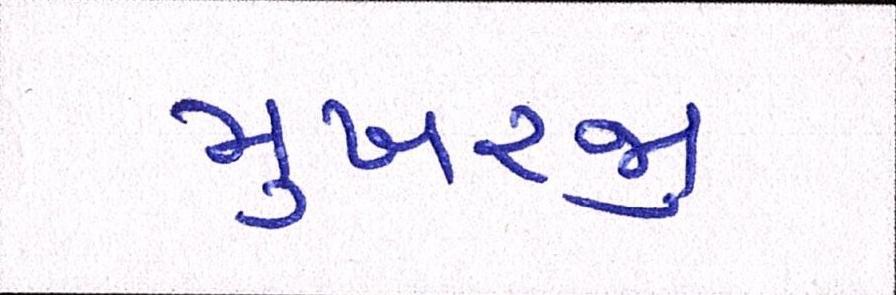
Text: મુખરજી